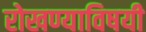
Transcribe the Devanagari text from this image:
रोखण्याविषयी